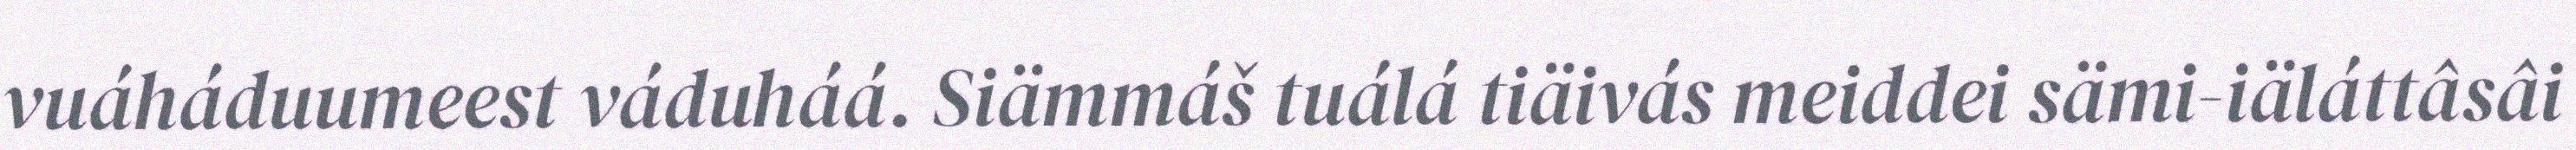
vuáháduumeest váduháá. Siämmáš tuálá tiäivás meiddei sämi-iäláttâsâi